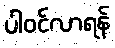
ပါဝင်လာရန်